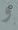
و